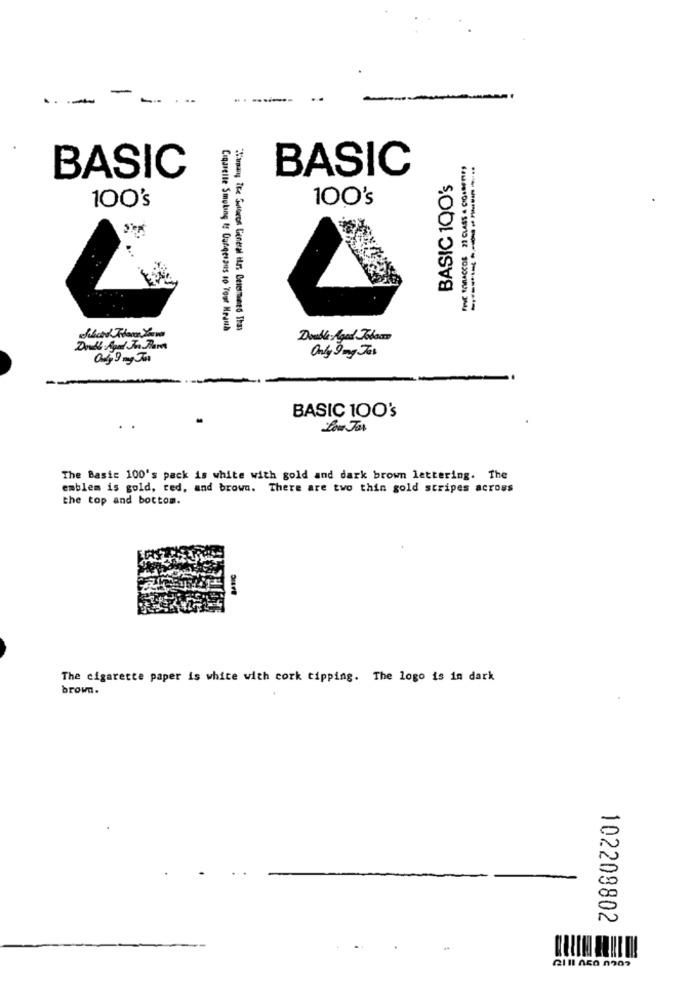
BASIC
BASIC
BASIC 100's
100's
100's
------------
Cigarette Smoking &f Ourqesaus to Your Heand
Jamay The Suecos General its Guerrero That
Double Aged Kbacm
Only Jung Jas
BASIC 100's
Low Jos
The Basic 100's pack is white with gold and dark brown lettering. The
emblem is gold, red, and brown. There are two thin gold stripes across
the top and bottom.
The cigarette paper is white with cork tipping. The logo is in dark
brown.
102209802